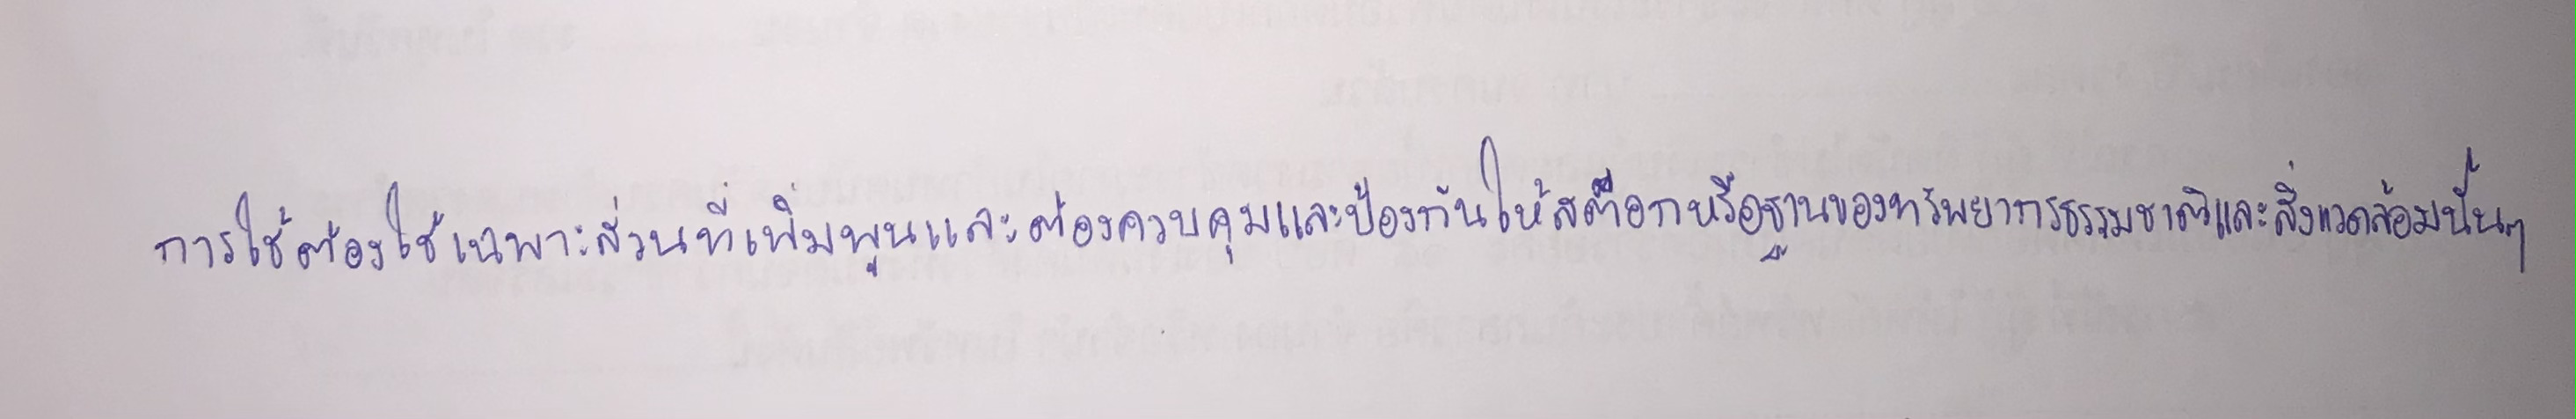
การใช้ต้องใช้เฉพาะส่วนที่เพิ่มพูนและต้องควบคุมและป้องกันให้สต๊อกหรือฐานของทรัพยากรธรรมชาติและสิ่งแวดล้อมนั้นๆ